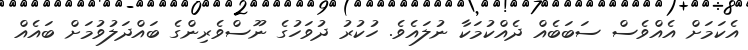
އެކަމަށް އެއްވެސް ސަބަބެއް ދެއްކުމަކާ ނުލައެވެ. ހުކުރު ދުވަހުގެ ނޫސްވެރިންގެ ބައްދަލުވުމަށް ބައެއް